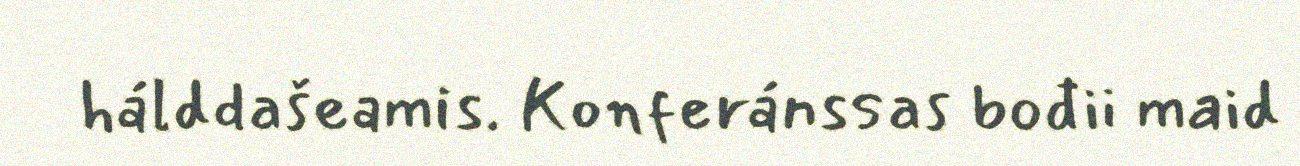
hálddašeamis. Konferánssas bođii maid